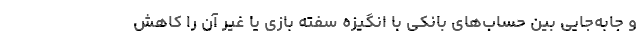
و جابه‌جایی بین حساب‌های بانکی با انگیزه سفته بازی یا غیر آن را کاهش